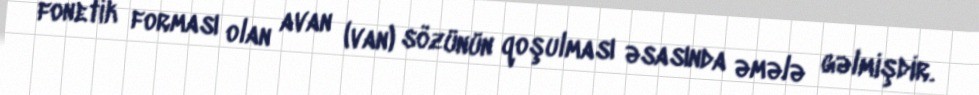
fonetik forması olan avan (van) sözünün qoşulması əsasında əmələ gəlmişdir.